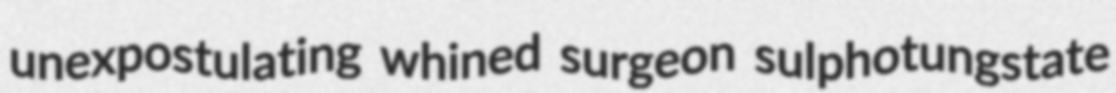
unexpostulating whined surgeon sulphotungstate